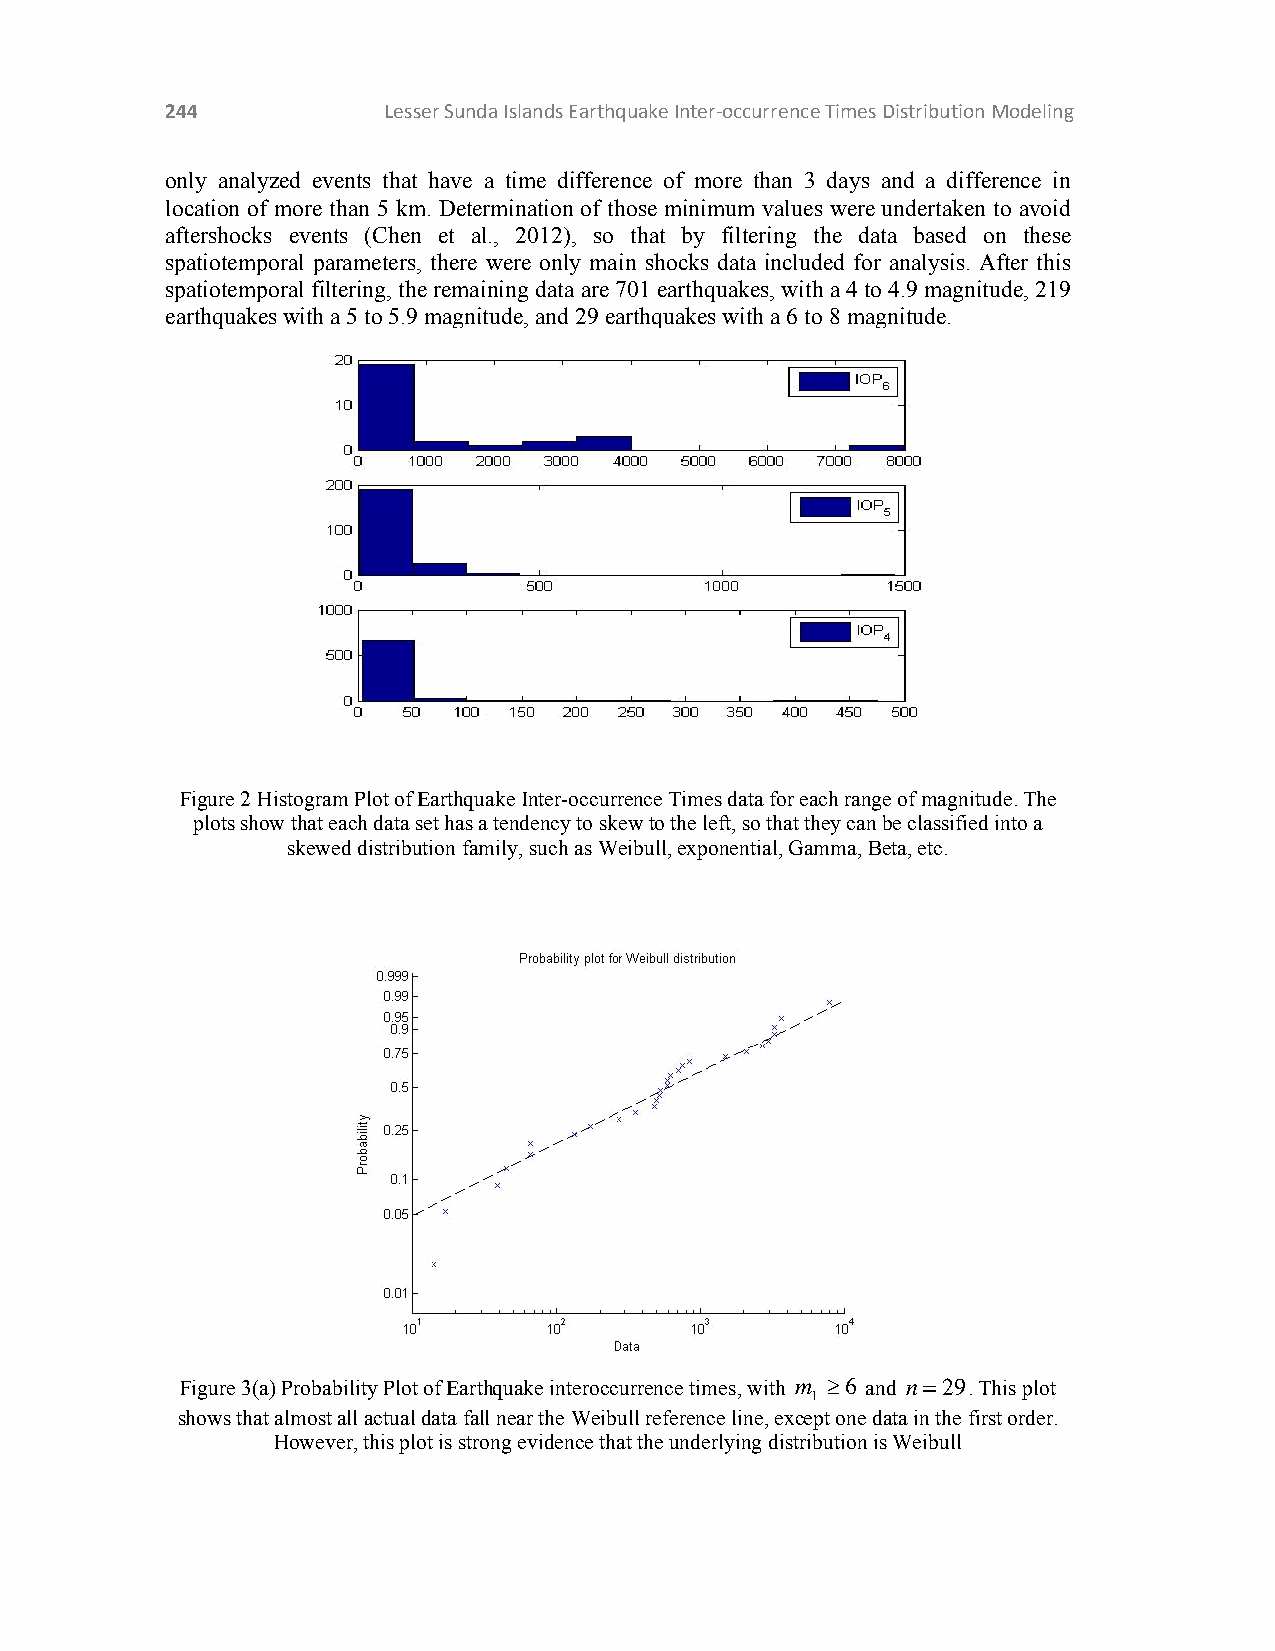
244           Lesser Sunda Islands Earthquake Inter‐occurrence Times Distribution Modeling
 only analyzed events that have a time difference of more than 3 days and a difference in
 location of more than 5 km. Determination of those minimum values were undertaken to avoid
 aftershocks events (Chen et al., 2012), so that by filtering the data based on these
 spatiotemporal parameters, there were only main shocks data included for analysis. After this
 spatiotemporal filtering, the remaining data are 701 earthquakes, with a 4 to 4.9 magnitude, 219
 earthquakes with a 5 to 5.9 magnitude, and 29 earthquakes with a 6 to 8 magnitude.
 Figure 2 Histogram Plot of Earthquake Inter-occurrence Times data for each range of magnitude. The
 plots show that each data set has a tendency to skew to the left, so that they can be classified into a
 skewed distribution family, such as Weibull, exponential, Gamma, Beta, etc.
 Figure 3(a) Probability Plot of Earthquake interoccurrence times, with m 6 and n29. This plot
 1
 shows that almost all actual data fall near the Weibull reference line, except one data in the first order.
 However, this plot is strong evidence that the underlying distribution is Weibull